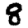
Digit: 8